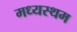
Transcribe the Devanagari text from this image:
मध्‍यस्‍थम